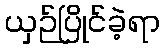
ယှဉ်ပြိုင်ခဲ့ရာ